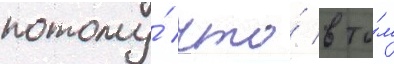
потому́ что́ в то́м